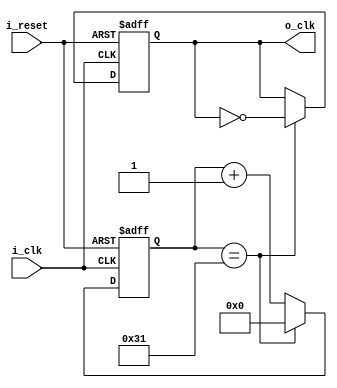
`timescale 1ns / 1ps

module ClockDivider_1MHz(
    input i_clk,
    input i_reset,

    output o_clk
    );

    reg r_clk = 0;
    reg [31:0] r_counter = 0;

    assign o_clk = r_clk;

    always @(posedge i_clk or posedge i_reset) begin
        if(i_reset)begin
            r_clk <= 1'b0;
            r_counter <= 0;
        end
        else begin
            if(r_counter == 50 - 1)begin
                r_counter <= 0;
                r_clk <= ~r_clk;
            end
            else begin
                r_counter <= r_counter + 1;
            end
        end
    end
endmodule